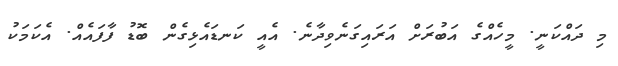
މި ދައްކަނީ. މީހެއްގެ އަބުރަށް އަރައިގަނެވިދާނެ. އެއީ ކަނޑައެޅިގެން ބޮޑު ފާފައެއް. އެކަމަކު